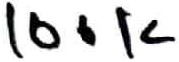
Text: 100K